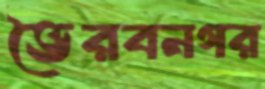
ভৈরবনগর